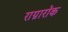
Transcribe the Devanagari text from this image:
राग्नारॉक